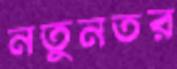
নতুনতর